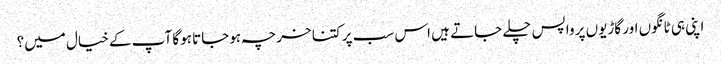
اپنی ہی ٹانگوں اور گاڑیوں پر واپس چلے جاتے ہیں اس سب پر کتنا خرچہ ہوجاتا ہوگا آپ کے خیال میں؟